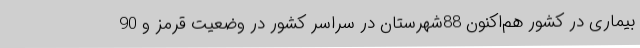
بیماری در کشور هم‌اکنون 88شهرستان در سراسر کشور در وضعیت قرمز و 90